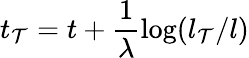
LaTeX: t_{\mathcal{T}}=t+\frac{{1}}{{\lambda}}\log(l_{\mathcal{T}}/l)